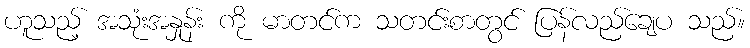
ဟူသည့် အသုံးအနှုန်း ကို မာတင်က သတင်းစာတွင် ပြန်လည်ချေပ သည်။